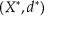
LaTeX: ( X ^ { * } , d ^ { * } )